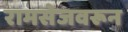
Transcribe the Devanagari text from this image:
रामसेजवरून